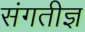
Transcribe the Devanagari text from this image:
संगतीज्ञ